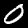
Digit: 0